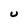
Character: U